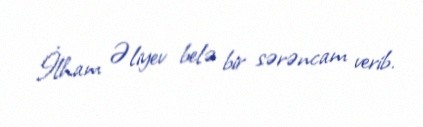
İlham Əliyev belə bir sərəncam verib.